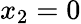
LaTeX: x_{2}=0